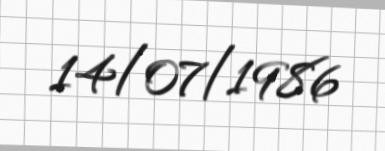
14/07/1986